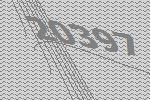
20397